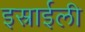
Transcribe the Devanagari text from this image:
इस्राईली